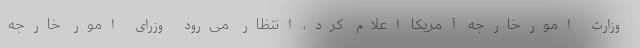
وزارت امورخارجه آمریکا اعلام کرد، انتظار می‌رود وزرای امور خارجه